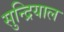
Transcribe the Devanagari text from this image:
सुन्द्रियाल